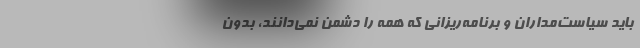
باید سیاست‌مداران و برنامه‌ریزانی که همه را دشمن نمی‌دانند، بدون